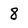
Character: 8